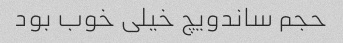
حجم ساندویچ خیلی خوب بود